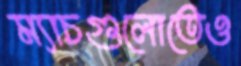
ম্যাচগুলোতেও